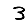
Digit: 3